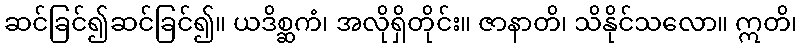
ဆင်ခြင်၍ဆင်ခြင်၍။ ယဒိစ္ဆကံ၊ အလိုရှိတိုင်း။ ဇာနာတိ၊ သိနိုင်သလော။ ဣတိ၊